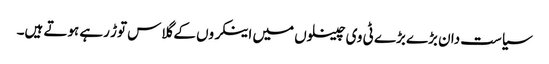
سیاست دان بڑے بڑے ٹی وی چینلوں میں اینکروں کے گلاس توڑ رہے ہوتے ہیں۔